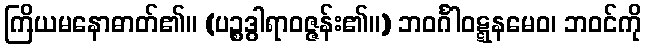
ကြိယမနောဓာတ်၏။ (ပဉ္စဒွါရာဝဇ္ဇန်း၏။) ဘဝင်္ဂါဝဋ္ဋနမေဝ၊ ဘဝင်ကို